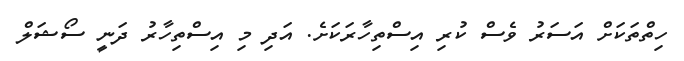
ހިތްތަކަށް އަސަރު ވެސް ކުރި އިސްތިހާރަކަށެ. އަދި މި އިސްތިހާރު ދަނީ ސޯޝަލް